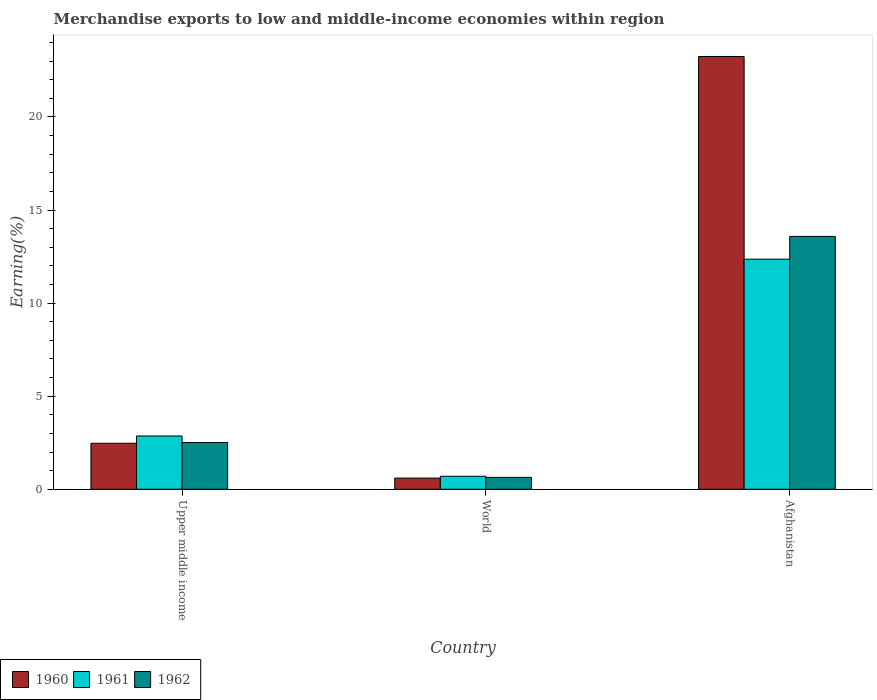
| Country | 1960 | 1961 | 1962 |
 | --- | --- | --- | --- |
 | Upper middle income | 2.47 | 2.86 | 2.51 |
 | World | 0.601 | 0.699 | 0.641 |
 | Afghanistan | 23.2 | 12.4 | 13.6 |